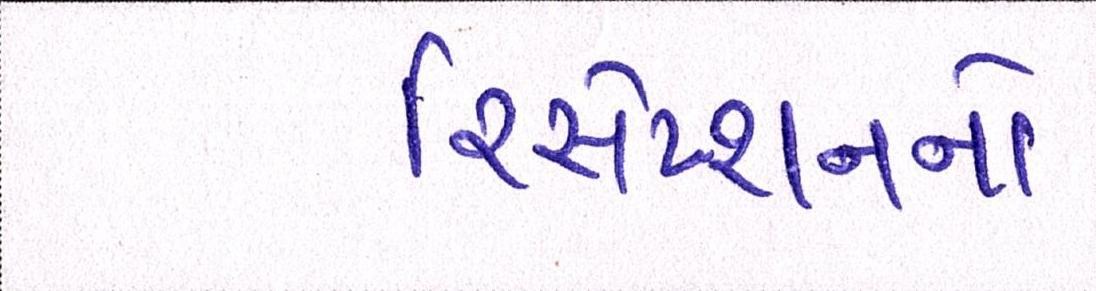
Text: રિસેપ્શનનો